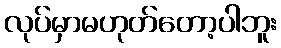
လုပ်မှာမဟုတ်တော့ပါဘူး